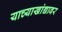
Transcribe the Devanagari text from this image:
याच्याखांद्यावर